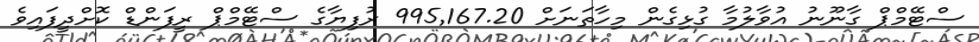
ސްޓޭމްޕް ގާނޫނު އުވާލުމާ ގުޅިގެން މިހާތަނަށް 995